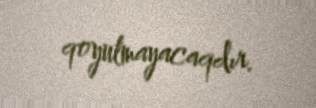
qoyulmayacaqdır.